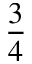
\frac 3 4